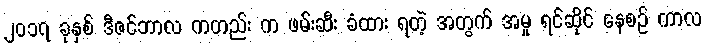
၂၀၁၇ ခုနှစ် ဒီဇင်ဘာလ ကတည်း က ဖမ်းဆီး ခံထား ရတဲ့ အတွက် အမှု ရင်ဆိုင် နေစဉ် ကာလ